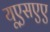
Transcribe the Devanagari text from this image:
यूएसएए